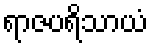
ရာဇပရိသာယံ